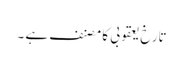
تارخ یعقوبی کا مصنف ہے ۔